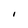
Character: I